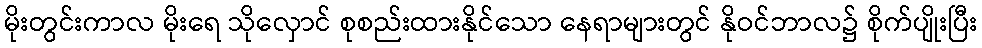
မိုးတွင်းကာလ မိုးရေ သိုလှောင် စုစည်းထားနိုင်သော နေရာများတွင် နိုဝင်ဘာလ၌ စိုက်ပျိုးပြီး